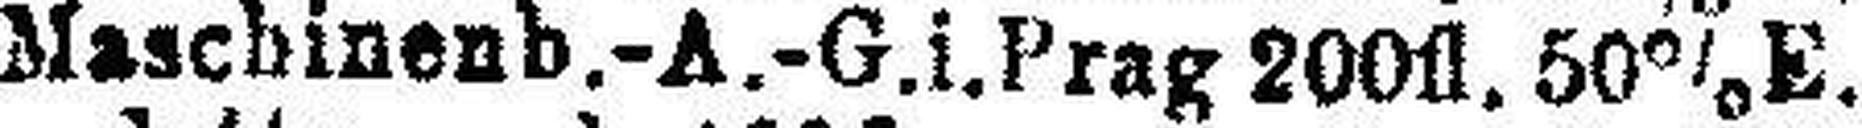
Maschinenb.-A.-G.i.Prag 200fl. 50% E.